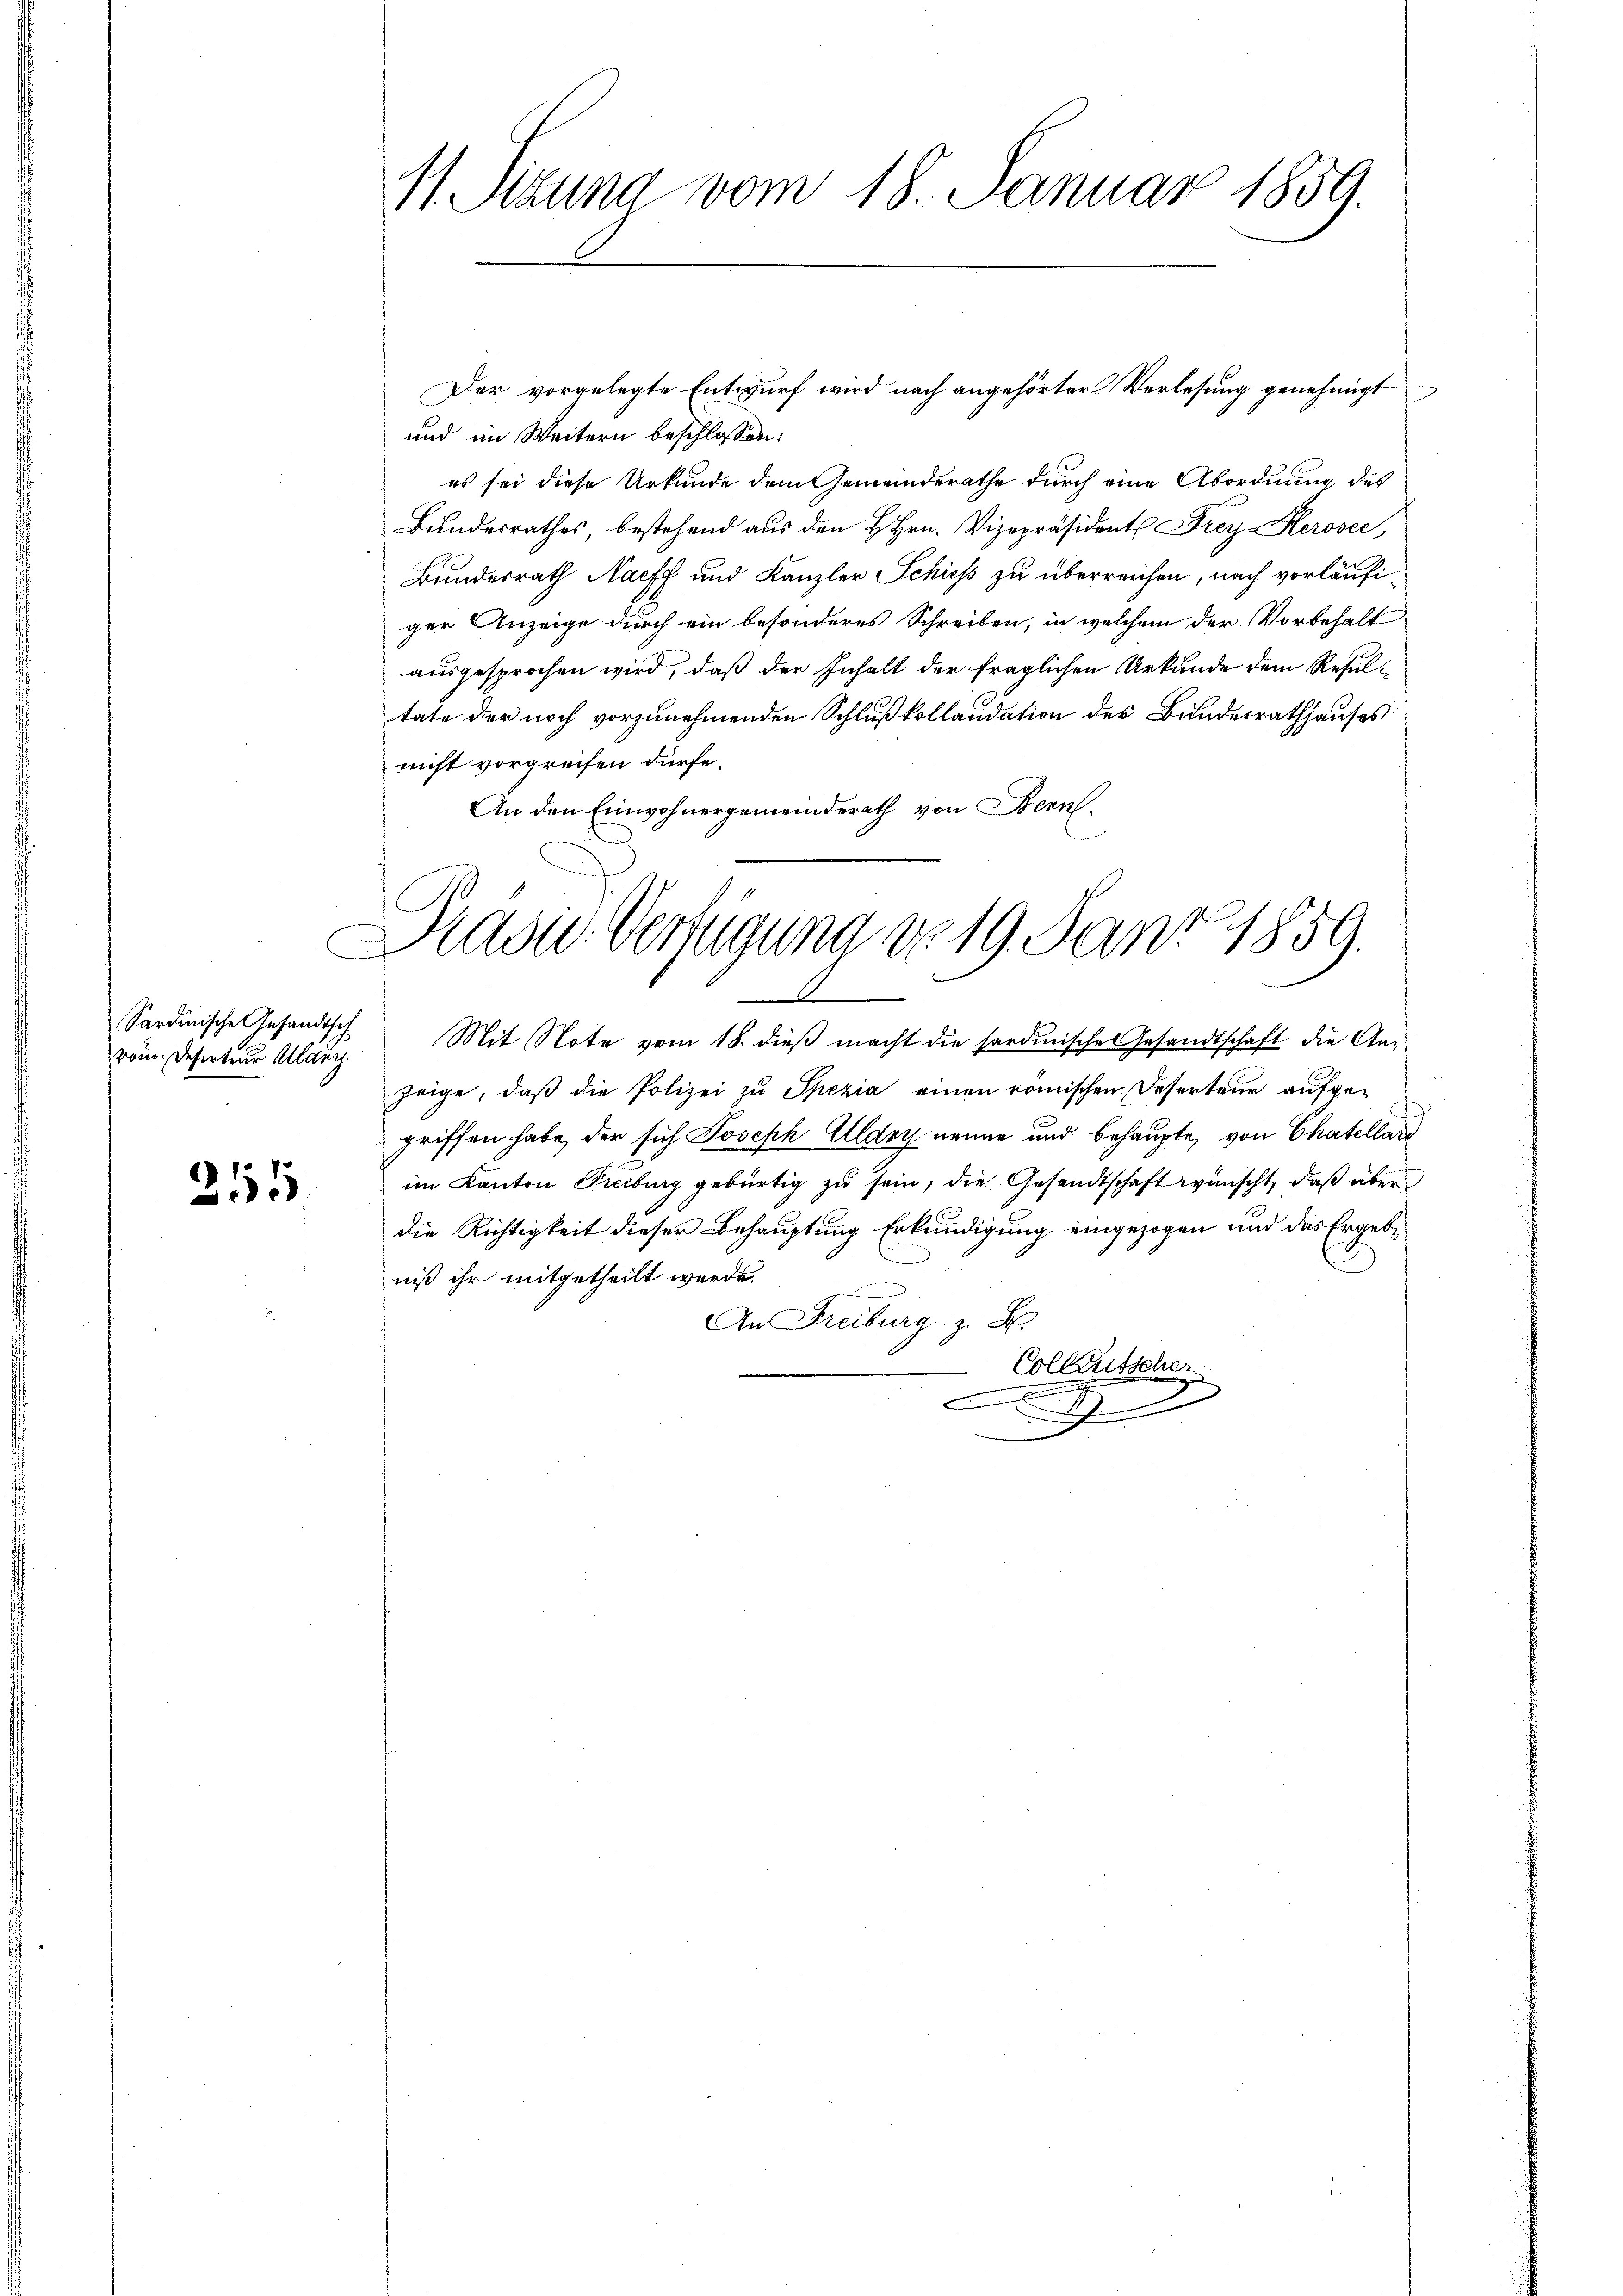
rom. Deserteur Manz

211

11. Sitzung vom 18. Januar 1859.

und im Weitern beschlossen:
es sei diese Urkunde dem Gemeinderathe durch eine Abordnung des
Bundesrathes, bestehend aus den H. Hrn. Vizepräsident Frey Herosec,
Bundesrath Nacff und Kanzler Schiess zu überreichen, nach vorläufiger Anzeige durch ein besonderes Schreiben, in welchem der Vorbehalt
ausgesprochen wird, daß der Inhalt der fraglichen Urkunde dem Resultate der noch vorzunehmenden Schluß kollaudation des Bundesrathhauses
nicht vorgreifen dürfe.
An den Einwohnergemeinderath von Bern,
Pasid. Verfügung d. 19. Janz 1859.
u
Sardinische Gesandtsch Mit Nota vom 18. dieß macht die sardinisches Gesandtschaft die An-
zeige, daß die Polizei zu Spezia einen römischen Deserteur aufgegriffen habe, der sich Joseph Aldey nenne und behaupte, von Chatellar
im Kanton Freiburg gebürtig zu sein, die Gesandtschaft wünscht, daß über
die Richtigkeit dieser Behauptung Erkundigung eingezogen und das Ergebniß ihr mitgetheilt werde.
n
An Freiburg z. B.
Collentsche
.
e
d

Der vorgelegte Entwurf wird nach angehörter Verlesung genehmigt